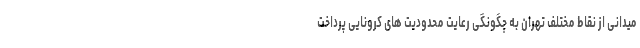
میدانی از نقاط مختلف تهران به چگونگی رعایت محدودیت های کرونایی پرداخت